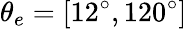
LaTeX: \theta_{e}=[12^{\circ},120^{\circ}]